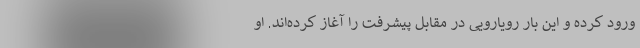
ورود کرده و این بار رویارویی در مقابل پیشرفت را آغاز کرده‌اند. او